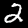
Digit: 2